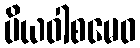
ပိယဝါစမေဝ